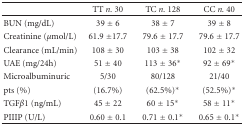
|  | TT n. 30 | TC n. 128 | CC n. 40 |
 | --- | --- | --- | --- |
 | BUN (mg/dL) | 39 ± 6 | 38 ± 7 | 39 ± 8 |
 | Creatinine (μmol/L) | 61.9 ±17.7 | 79.6 ± 17.7 | 79.6 ± 17.7 |
 | Clearance (mL/min) | 108 ± 30 | 103 ± 38 | 102 ± 32 |
 | UAE (mg/24h) | 51 ± 40 | 113 ± 36* | 92 ± 69* |
 | Microalbuminuric | 5/30 | 80/128 | 21/40 |
 | pts (%) | (16.7%) | (62.5%)* | (52.5%)* |
 | TGFβ1 (ng/mL) | 45 ± 22 | 60 ± 15* | 58 ± 11* |
 | PIIIP (U/L) | 0.60 ± 0.1 | 0.71 ± 0.1* | 0.65 ± 0.1* |